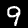
Label: 9